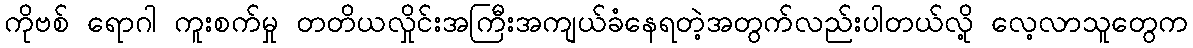
ကိုဗစ် ရောဂါ ကူးစက်မှု တတိယလှိုင်းအကြီးအကျယ်ခံနေရတဲ့အတွက်လည်းပါတယ်လို့ လေ့လာသူတွေက